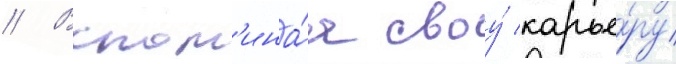
// Вспом'ина́я своу́ карье́ру